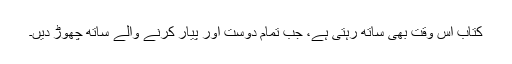
کتاب اس وقت بھی ساتھ رہتی ہے، جب تمام دوست اور پیار کرنے والے ساتھ چھوڑ دیں۔